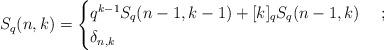
LaTeX: \begin{align*}S_q(n,k)=\begin{cases}q^{k-1}S_q(n-1,k-1)+[k]_qS_q(n-1,k) & \ ;\\\delta_{n,k} & \ \end{cases}\end{align*}